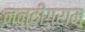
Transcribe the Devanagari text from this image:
नन्दीग्राम